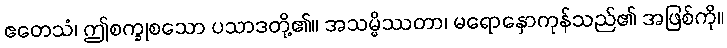
ဧတေသံ၊ ဤစက္ခုစသော ပသာဒတို့၏။ အသမ္မိဿတာ၊ မရောနှောကုန်သည်၏ အဖြစ်ကို။